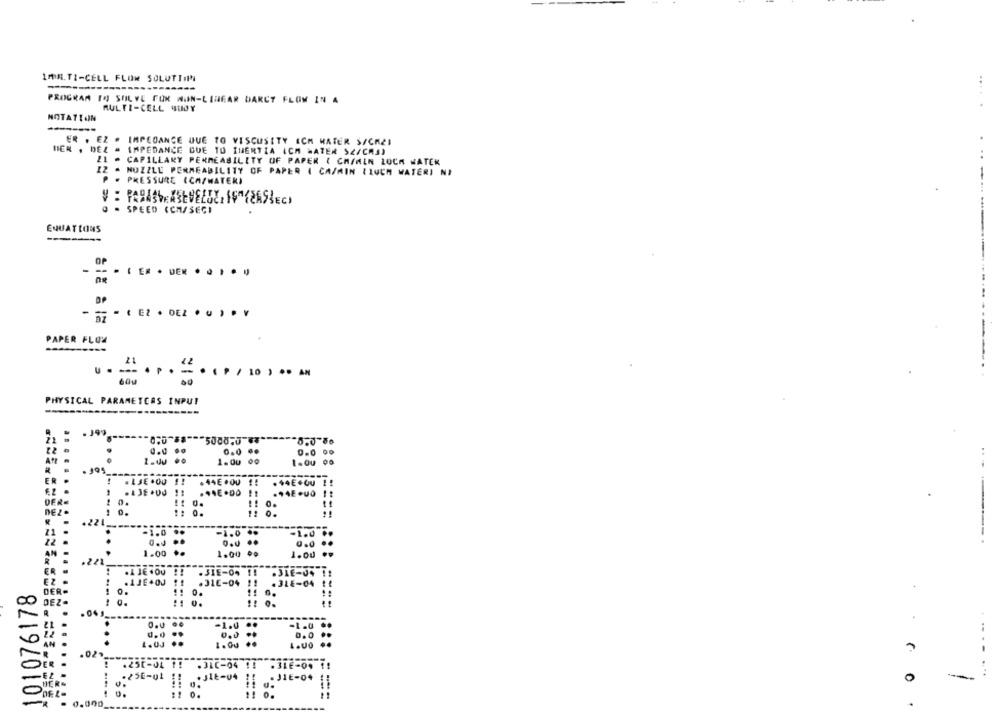
1MM.TI-CELL FLOW SOLUTTI
PROGRAM TO SOLVE FOR NON-LINEAR DARCY FLOW IN A
MULTI-CELL QUOY
NOTATION
ER . EZ . IMPEDANCE DUE TO VISCOSITY ICH HATER S/CAZI
IMPEDANCE DUE TO INERTIA ICH MATER SZ/CRA)
CAPILLARY PERMEABILITY OF PAPER ( CA/MEN ZOCA WATER
IZ = NOZZLE PERMEABILITY OF PAPER ( CA/MIN (IUCH WATERI NI
P .
-
PRESSURE (CA/WATER)
V : PARASHE KELVELGE, ISTERSE
@ . SPEED CCM/SECI
EQUATIONS
OP
--. .... DER .....
PAPER FLOW
22
U . ... . ..
600
00
PHYSICAL PARAMETCAS INPUT
----
5.0'56
0.0
0.0 ..
0.0 00
1.00 00
ER
.LJE .00 !!
. 44E .QU
., 4EQuo ;:
DER
....
1 0.
1:0.
DEZ-
0.
0 .
.
.22 -------
--
21
.
.
-1.0
..
-1.0 .
-1.0
12 .
..
..
0.0
1.00
1.00
1.00
.221
.3IE-0% !
.316-04 11
-
101076178
.AJE+00
.3IE-04 11
.3LE-04
.....
0.
!! 0.
:1 0.
..
!: 0.
---
.
-1.0 ..
0.0
0,0
AN
1.0J
1.00
...
4.00
.250-04 !!
.3IC-04 !!
.316-04 1
.. ...
-JIE-04
0
DER
..
........
0.
11 0.
= 0.000
.